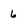
Character: 6